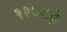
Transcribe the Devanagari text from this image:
११७८ई